Indian Civil Veterinary Department memoirs
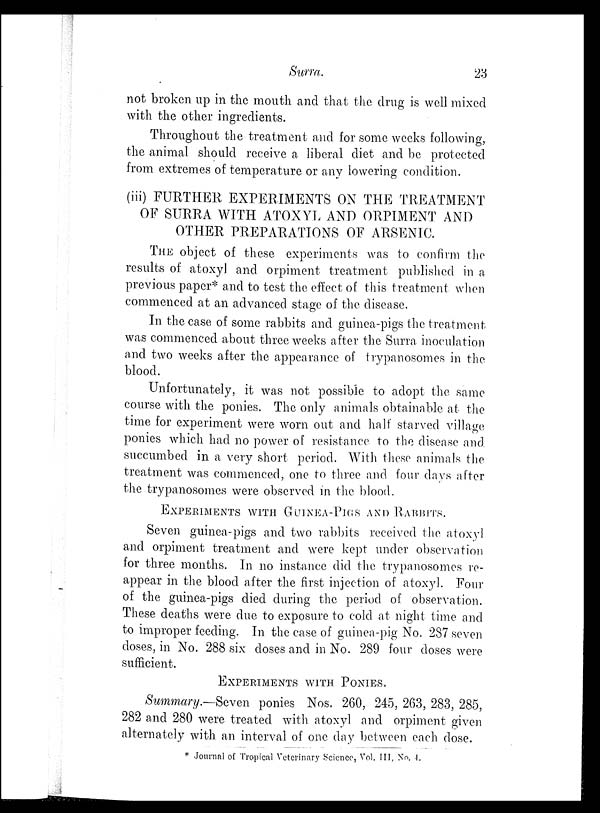
Surra.
23
not broken up in the mouth and that the drug is well mixed
with the other ingredients.
Throughout the treatment and for some weeks following,
the animal should receive a liberal diet and be protected
from extremes of temperature or any lowering condition.
(iii) FURTHER EXPERIMENTS ON THE TREATMENT
OF SURRA WITH ATOXYL AND ORPIMENT AND
OTHER PREPARATIONS OF ARSENIC.
THE object of these experiments was to confirm the
results of atoxyl and orpiment treatment published in a
previous paper* and to test the effect of this treatment when
commenced at an advanced stage of the disease.
In the case of some rabbits and guinea-pigs the treatment
was commenced about three weeks after the Surra inoculation
and two weeks after the appearance of trypanosomes in the
blood.
Unfortunately, it was not possible to adopt the same
course with the ponies. The only animals obtainable at the
time for experiment were worn out and half starved village
ponies which had no power of resistance to the disease and.
succumbed in a very short period. With these animals the
treatment was commenced, one to three and four days after
the trypanosomes were observed in the blood.
EXPERIMENTS WITH GUINEA-PIGS AND RABBITS.
Seven guinea-pigs and two rabbits received the atoxyl
and orpiment treatment and were kept under observation
for three months. In no instance did the trypanosomes re-
appear in the blood after the first injection of atoxyl. Four
of the guinea-pigs died during the period of observation.
These deaths were due to exposure to cold at night time and
to improper feeding. In the case of guinea-pig No. 287 seven
doses, in No. 288 six doses and in No. 289 four doses were
sufficient.
EXPERIMENTS WITH PONIES.
Summary.—Seven ponies Nos. 260, 245, 263, 283, 285,
282 and 280 were treated with atoxyl and orpiment given
alternately with an interval of one day between each dose.
* Journal of Tropical Veterinary Science, Vol. III, No. 4.